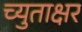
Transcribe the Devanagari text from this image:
च्युताक्षर